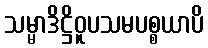
သမ္မာဒိဋ္ဌိဝူပသမပစ္စယာပိ